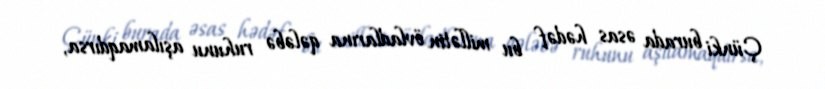
Çünki burada əsas hədəf bu millətin övladlarına qələbə ruhunu aşılamaqdırsa,